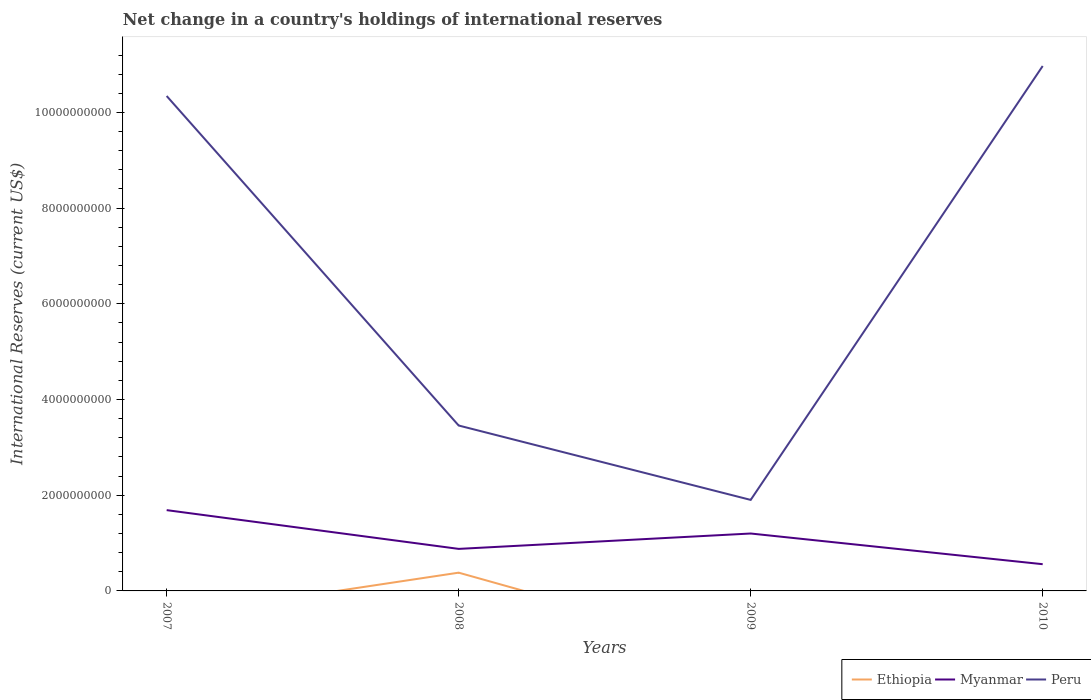
| Years | Ethiopia | Myanmar | Peru |
 | --- | --- | --- | --- |
 | 2007 | -5.37e+08 | 1.69e+09 | 1.03e+10 |
 | 2008 | 3.82e+08 | 8.78e+08 | 3.46e+09 |
 | 2009 | -1.33e+09 | 1.2e+09 | 1.9e+09 |
 | 2010 | -9.87e+08 | 5.59e+08 | 1.1e+10 |